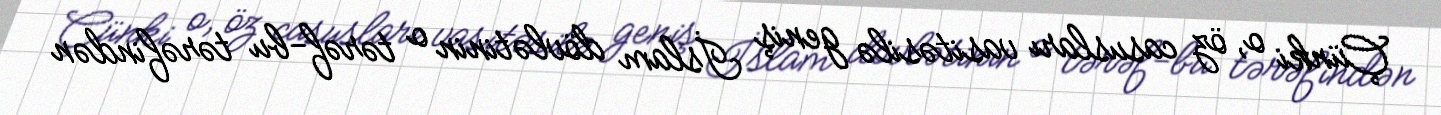
Çünki o, öz casusları vasitəsilə geniş İslam dövlətinin o tərəf-bu tərəfindən